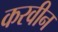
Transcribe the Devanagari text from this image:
करवीन